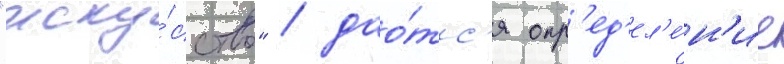
"иску́сство" / дао́тс'я опр'ед'ел'е́н'ие